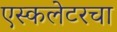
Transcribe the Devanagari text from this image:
एस्कलेटरचा